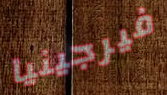
فيرجينيا